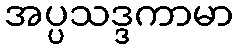
အပ္ပသဒ္ဒကာမာ